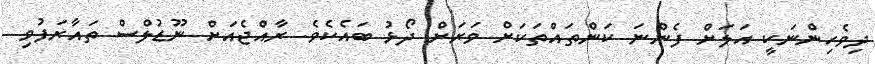
ދިވެހިންނަކީ އަލަށް ފެންނަ ކަންތައްތަކަށް ވަރަށް ދޯޅު ބައެކެވެ. ރާއްޖެއަށް ނޫޑުލްސް ތައާރަފުވި